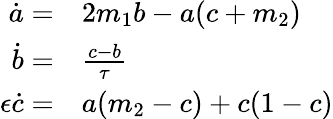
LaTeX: \begin{array}{rl}{\dot{a}=}&{{}2m_{1}b-a(c+m_{2})}\\ {\dot{b}=}&{{}\frac{c-b}{\tau}}\\ {\epsilon\dot{c}=}&{{}a(m_{2}-c)+c(1-c)}\end{array}